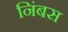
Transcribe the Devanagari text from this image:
निंबस